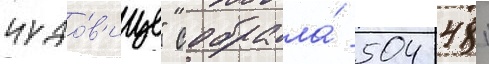
чудо́в'ище" собрала́ 504 481